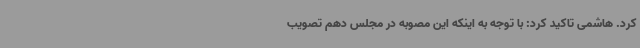
کرد. هاشمی تاکید کرد: با توجه به اینکه این مصوبه در مجلس دهم تصویب